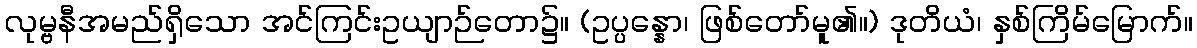
လုမ္ဗနီအမည်ရှိသော အင်ကြင်းဥယျာဉ်တော၌။ (ဥပ္ပန္နော၊ ဖြစ်တော်မူ၏။) ဒုတိယံ၊ နှစ်ကြိမ်မြောက်။